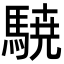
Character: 𮪈